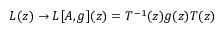
L ( z ) \rightarrow { \cal L } [ A , g ] ( z ) = T ^ { - 1 } ( z ) g ( z ) T ( z )